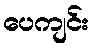
ပေကျင်း